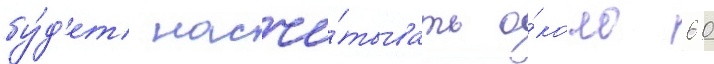
бу́д'ет насчи́тывать о́коло 60